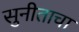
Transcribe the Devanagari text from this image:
सुनीताचा